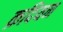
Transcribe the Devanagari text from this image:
क़दियन